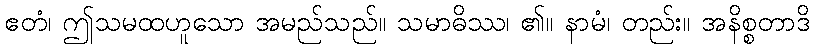
ဧတံ၊ ဤသမထဟူသော အမည်သည်။ သမာဓိဿ၊ ၏။ နာမံ၊ တည်း။ အနိစ္စတာဒိ